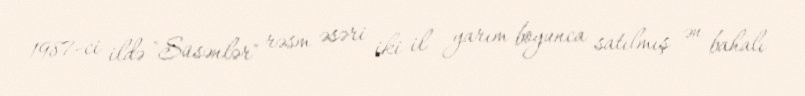
1987-ci ildə "Süsənlər" rəsm əsəri iki il yarım boyunca satılmış ən bahalı